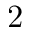
2